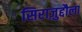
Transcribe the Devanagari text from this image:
सिराज़ुद्दौला